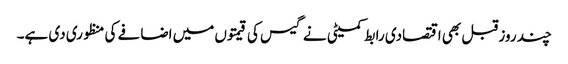
چند روز قبل بھی اقتصادی رابط کمیٹی نے گیس کی قیمتوں میں اضافے کی منظوری دی ہے۔